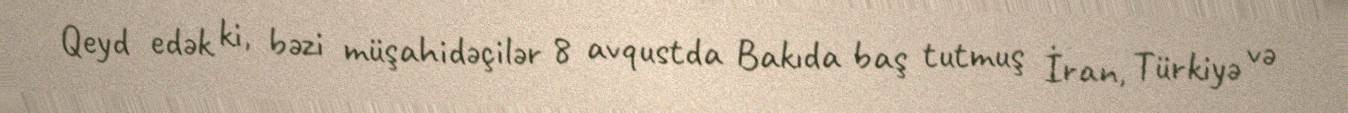
Qeyd edək ki, bəzi müşahidəçilər 8 avqustda Bakıda baş tutmuş İran, Türkiyə və